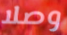
وصلا